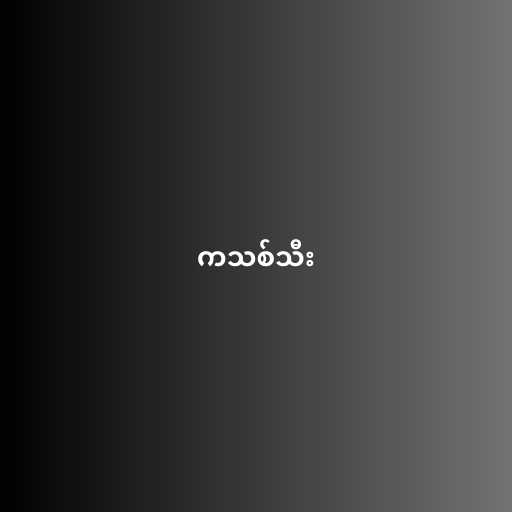
ကသစ်သီး